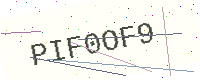
Text: PIF0OF9